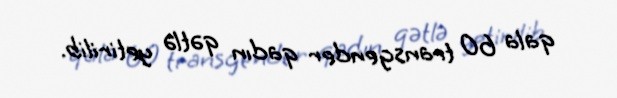
qala 60 transgender qadın qətlə yetirilib.